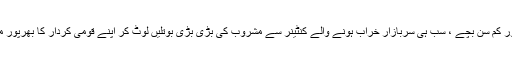
جوان، بوڑھے، باریش بزرگ، عورتیں اور کم سن بچے ، سب ہی سربازار خراب ہونے والے کنٹینر سے مشروب کی بڑی بڑی بوتلیں لوٹ کر اپنے قومی کردار کا بھرپور مظاہرہ کرتے دکھائی دئیے اس ویڈیو میں۔